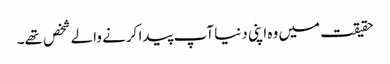
حقیقت میں وہ اپنی دنیا آپ پیدا کرنے والے شخص تھے۔